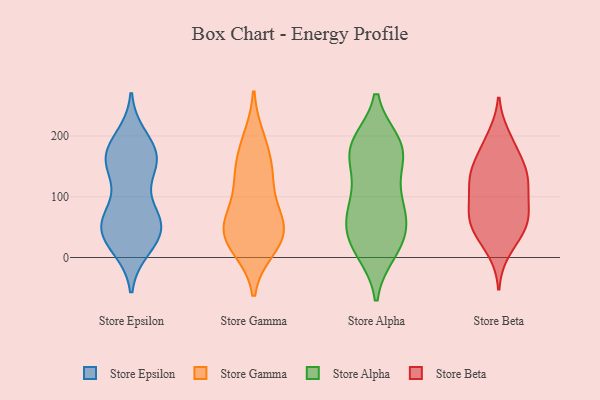
{"axis": {"x": "Page Views", "y": "Value"}, "legend": ["Store Alpha", "Store Beta", "Store Epsilon", "Store Gamma"], "data": [{"x": "", "y": 43, "type": "Store Epsilon"}, {"x": "", "y": 71, "type": "Store Epsilon"}, {"x": "", "y": 47, "type": "Store Epsilon"}, {"x": "", "y": 184, "type": "Store Epsilon"}, {"x": "", "y": 16, "type": "Store Epsilon"}, {"x": "", "y": 61, "type": "Store Epsilon"}, {"x": "", "y": 48, "type": "Store Epsilon"}, {"x": "", "y": 142, "type": "Store Epsilon"}, {"x": "", "y": 31, "type": "Store Epsilon"}, {"x": "", "y": 154, "type": "Store Epsilon"}, {"x": "", "y": 181, "type": "Store Epsilon"}, {"x": "", "y": 160, "type": "Store Epsilon"}, {"x": "", "y": 197, "type": "Store Epsilon"}, {"x": "", "y": 158, "type": "Store Epsilon"}, {"x": "", "y": 72, "type": "Store Epsilon"}, {"x": "", "y": 75, "type": "Store Epsilon"}, {"x": "", "y": 150, "type": "Store Epsilon"}, {"x": "", "y": 19, "type": "Store Epsilon"}, {"x": "", "y": 166, "type": "Store Epsilon"}, {"x": "", "y": 45, "type": "Store Epsilon"}, {"x": "", "y": 47, "type": "Store Gamma"}, {"x": "", "y": 54, "type": "Store Gamma"}, {"x": "", "y": 133, "type": "Store Gamma"}, {"x": "", "y": 117, "type": "Store Gamma"}, {"x": "", "y": 176, "type": "Store Gamma"}, {"x": "", "y": 16, "type": "Store Gamma"}, {"x": "", "y": 19, "type": "Store Gamma"}, {"x": "", "y": 42, "type": "Store Gamma"}, {"x": "", "y": 56, "type": "Store Gamma"}, {"x": "", "y": 52, "type": "Store Gamma"}, {"x": "", "y": 194, "type": "Store Gamma"}, {"x": "", "y": 136, "type": "Store Gamma"}, {"x": "", "y": 105, "type": "Store Alpha"}, {"x": "", "y": 137, "type": "Store Alpha"}, {"x": "", "y": 188, "type": "Store Alpha"}, {"x": "", "y": 66, "type": "Store Alpha"}, {"x": "", "y": 177, "type": "Store Alpha"}, {"x": "", "y": 26, "type": "Store Alpha"}, {"x": "", "y": 22, "type": "Store Alpha"}, {"x": "", "y": 62, "type": "Store Alpha"}, {"x": "", "y": 165, "type": "Store Alpha"}, {"x": "", "y": 16, "type": "Store Alpha"}, {"x": "", "y": 84, "type": "Store Alpha"}, {"x": "", "y": 186, "type": "Store Alpha"}, {"x": "", "y": 51, "type": "Store Alpha"}, {"x": "", "y": 179, "type": "Store Alpha"}, {"x": "", "y": 182, "type": "Store Alpha"}, {"x": "", "y": 10, "type": "Store Alpha"}, {"x": "", "y": 81, "type": "Store Alpha"}, {"x": "", "y": 139, "type": "Store Beta"}, {"x": "", "y": 63, "type": "Store Beta"}, {"x": "", "y": 100, "type": "Store Beta"}, {"x": "", "y": 12, "type": "Store Beta"}, {"x": "", "y": 167, "type": "Store Beta"}, {"x": "", "y": 73, "type": "Store Beta"}, {"x": "", "y": 124, "type": "Store Beta"}, {"x": "", "y": 48, "type": "Store Beta"}, {"x": "", "y": 32, "type": "Store Beta"}, {"x": "", "y": 111, "type": "Store Beta"}, {"x": "", "y": 146, "type": "Store Beta"}, {"x": "", "y": 61, "type": "Store Beta"}, {"x": "", "y": 198, "type": "Store Beta"}, {"x": "", "y": 52, "type": "Store Beta"}, {"x": "", "y": 128, "type": "Store Beta"}, {"x": "", "y": 143, "type": "Store Beta"}, {"x": "", "y": 78, "type": "Store Beta"}, {"x": "", "y": 190, "type": "Store Beta"}]}